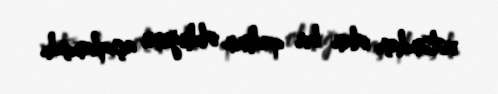
vətəndaşı olan bir qadının olduğunu açıqlamışdı.